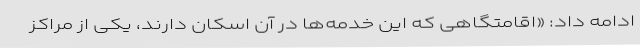
ادامه داد: «اقامتگاهی که این خدمه‌ها در آن اسکان دارند، یکی از مراکز